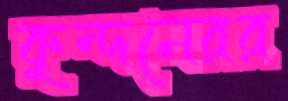
কুন্দনেরর